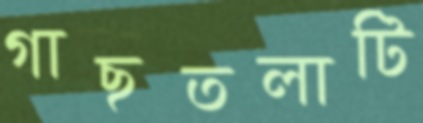
গাছতলাটি